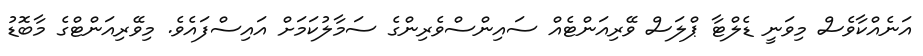
އަނެއްކާވެސް މިވަނީ ޑެލްޓާ ޕްލަސް ވޭރިއަންޓެއް ސައިންސްވެރިންގެ ސަމާލުކަމަށް އައިސްފައެވެ. މިވޭރިއަންޓްގެ މާބޮޑު